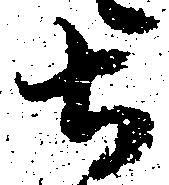
土